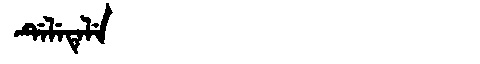
Manchu: ᡩᡝᠯᡝᡨᡝᠯᡝ
Romanization: DELETELE